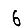
Digit: 6